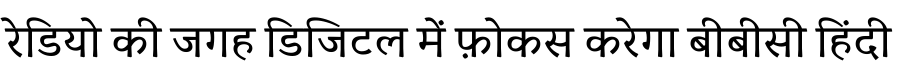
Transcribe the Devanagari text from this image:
रेडियो की जगह डिजिटल में फ़ोकस करेगा बीबीसी हिंदी